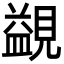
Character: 䚊